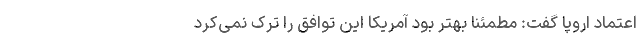
اعتماد اروپا گفت: مطمئنا بهتر بود آمریکا این توافق را ترک نمی‌کرد